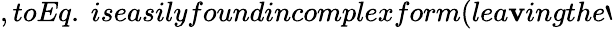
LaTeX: ,toEq.~iseasilyfoundincomplexform(lea\mathbf{v}ingthe`